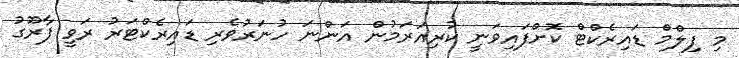
މި ފިލްމް ޑައިރެކްޓް ކޮށްފައިވަނީ ކުރިއަރަމުން އަންނަ ހުނަރުވެރި ޑައިރެކްޓަރު ރަވީ ފާރޫގު